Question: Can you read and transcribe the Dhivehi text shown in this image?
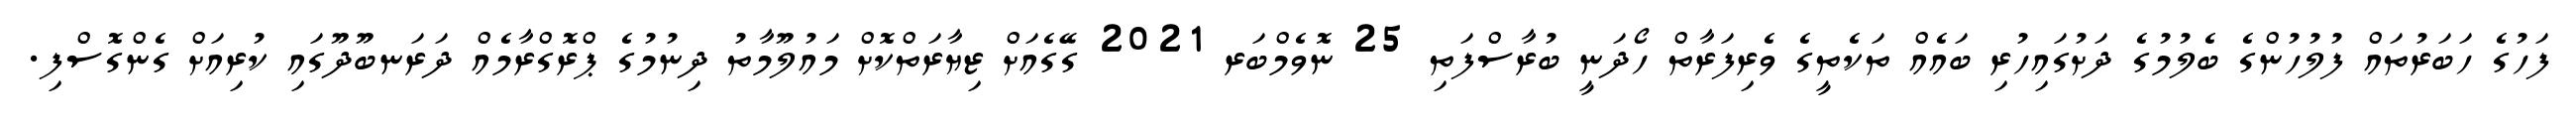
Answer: ފަހުގެ ހަބަރުތައް ފުލުހުންގެ ބެލުމުގެ ދަށުގައިހުރި ބައެއް ތަކެތީގެ ވެރިފަރާތް ހޯދަނީ ބުރާސްފަތި 25 ނޮވެމްބަރ 2021 ގޭގެއަށް ޒިޔާރަތްކޮށް މައުލޫމާތު ދިނުމުގެ ޕްރޮގްރާމެއް ދަރަނބޫދޫގައި ކުރިއަށް ގެންގޮސްފި.